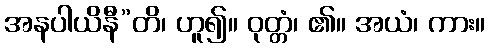
အနပါယိနီ”တိ၊ ဟူ၍။ ဝုတ္တံ၊ ၏။ အယံ၊ ကား။